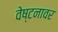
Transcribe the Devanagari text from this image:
वेष्टनावर